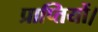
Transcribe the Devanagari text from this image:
प्राप्तियों।